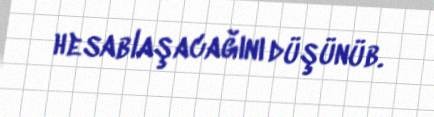
hesablaşacağını düşünüb.